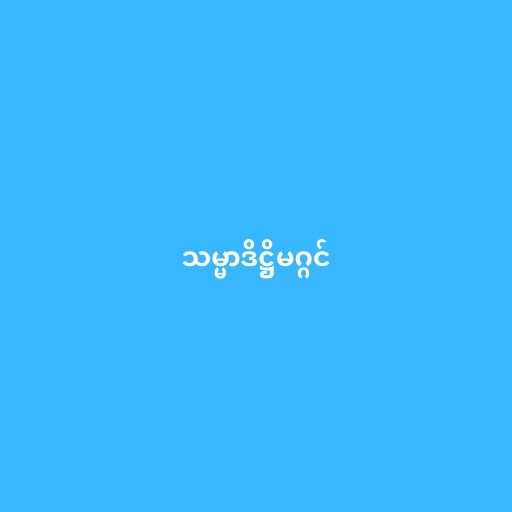
သမ္မာဒိဋ္ဌိမဂ္ဂင်